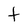
Character: T